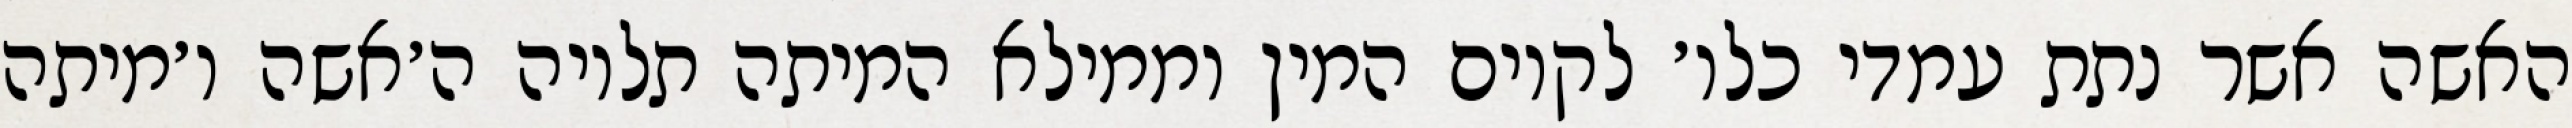
האשה אשר נתת עמדי כלו׳ לקיום המין וממילא המיתה תלויה ה׳אשה ו׳מיתה